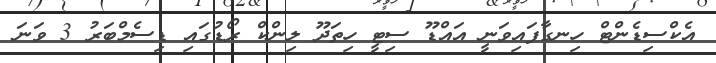
އެކްސިޑެންޓް ހިނގާފައިވަނީ އައްޑޫ ސިޓީ ހިތަދޫ ލިންކް ރޯޑުގައި ޑިސެމްބަރު 3 ވަނަ